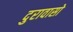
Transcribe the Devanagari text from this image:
दुरावासो